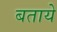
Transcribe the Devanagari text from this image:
बतायेे